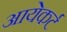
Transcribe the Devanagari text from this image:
आयेकर्ट